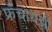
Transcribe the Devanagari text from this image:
फ्रँचायझी